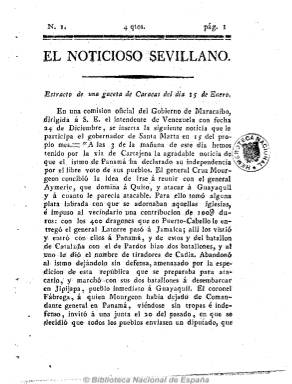
Título: El Noticioso sevillano
Colección: Periódicos anteriores a 1850
Ámbito geográfico: Sevilla
Lugar de publicación: Sevilla
Fechas: 01/01/1822-31/12/1822

Debió publicarse entre mediados de abril y primeros de mayo de 1822, con una periodicidad desconocida, en números sin fechar de cuatro páginas y foliación continuada, al principio estampado en la Imprenta a cargo de Anastasio López y, seguidamente, en la de Hidalgo y Compañía. Contiene extractos de noticias nacionales y extranjeras, artículos de oficio y correspondencia, etc. A partir del martes, 14 de mayo de 1822, será sustituido por Diario noticioso de la ciudad de Sevilla, que continúa su numeración y paginación.